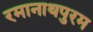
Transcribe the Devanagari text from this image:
रमानाथपुरम